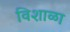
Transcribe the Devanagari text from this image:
विशाळा